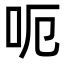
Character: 呃